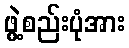
ဖွဲ့စည်းပုံအား